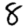
Digit: 8